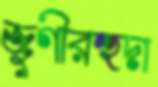
জুগীরহুদা